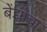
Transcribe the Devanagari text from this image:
बेंद्र्यांचा